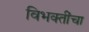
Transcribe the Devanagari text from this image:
विभक्तींचा